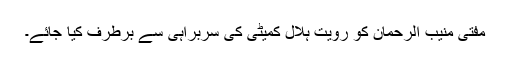
مفتی منیب الرحمان کو رویت ہلال کمیٹی کی سربراہی سے برطرف کیا جائے۔